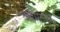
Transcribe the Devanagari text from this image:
अहमदगर